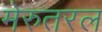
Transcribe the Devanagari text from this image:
मेरुतरल